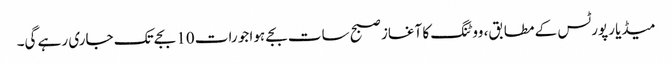
میڈیا رپورٹس کے مطابق، ووٹنگ کا آغاز صبح سات بجے ہوا جو رات 10 بجے تک جاری رہے گی۔